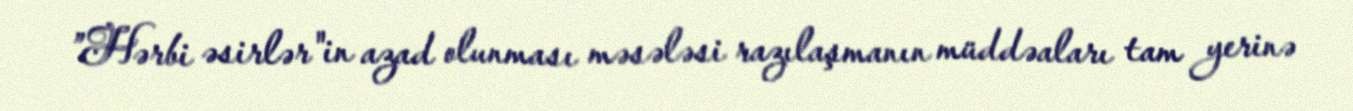
”Hərbi əsirlər"in azad olunması məsələsi razılaşmanın müddəaları tam yerinə